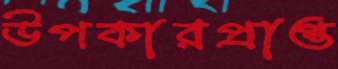
উপকারপ্রাপ্ত